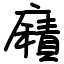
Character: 廭